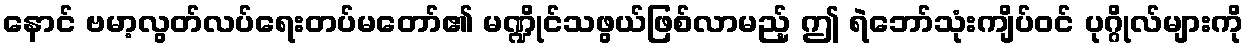
နောင် ဗမာ့လွတ်လပ်ရေးတပ်မတော်၏ မဏ္ဍိုင်သဖွယ်ဖြစ်လာမည့် ဤ ရဲဘော်သုံးကျိပ်ဝင် ပုဂ္ဂိုလ်များကို